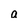
Character: a